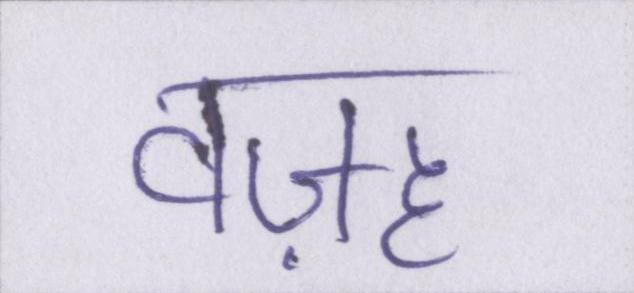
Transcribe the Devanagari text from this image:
वज़ह